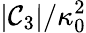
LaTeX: {|\mathcal{C}_{3}|}/{\kappa_{0}^{2}}